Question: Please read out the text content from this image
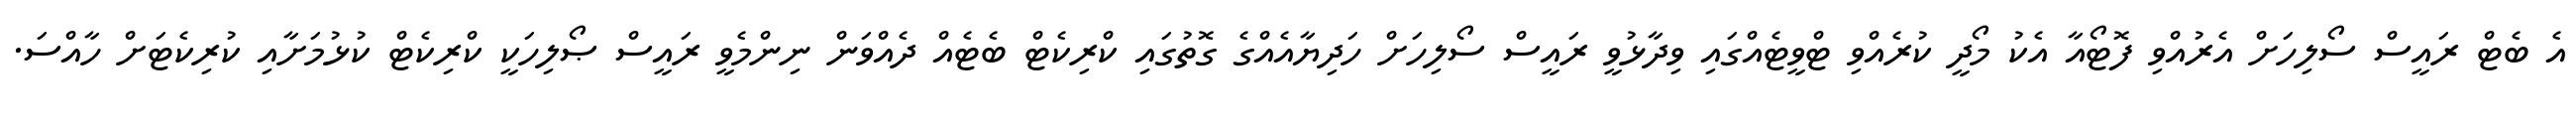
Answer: އެ ބެޓް ރައީސް ސޯލިހަށް އެރުއްވި ފޮޓޯއާ އެކު މޯދީ ކުރެއްވި ޓްވީޓެއްގައި ވިދާޅުވީ ރައީސް ސޯލިހަށް ހަދިޔާއެއްގެ ގޮތުގައި ކްރިކެޓް ބެޓެއް ދެއްވަން ނިންމެވީ ރައީސް ޞޯލިހަކީ ކްރިކެޓް ކުޅުމަށާއި ކުރިކެޓަށް ހާއްސަ.